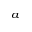
_ a